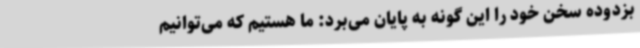
بزدوده سخن خود را این گونه به پایان می‌برد: ما هستیم که می‌توانیم